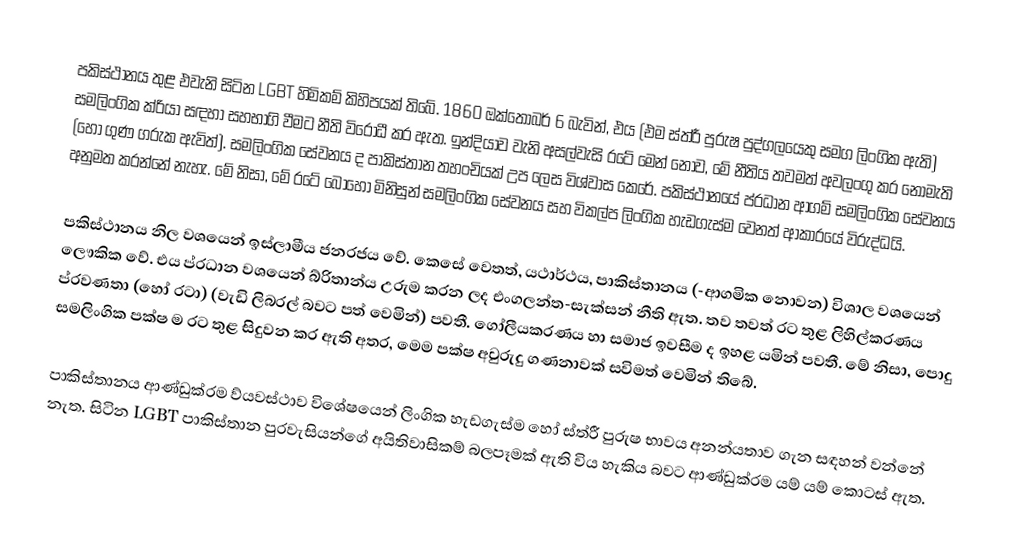
පකිස්ථානය තුළ එවැනි සිටින LGBT හිමිකම් කිහිපයක් තිබේ. 1860 ඔක්තෝබර් 6 බැවින්, එය (එම ස්ත්රී පුරුෂ පුද්ගලයෙකු සමග ලිංගික ඇති) සමලිංගික ක්රියා සඳහා සහභාගි වීමට නීති විරෝධී කර ඇත. ඉන්දියාව වැනි අසල්වැසි රටේ මෙන් නොව, මේ නීතිය තවමත් අවලංගු කර නොමැති (හෝ ගුණ ගරුක ඇවිත්). සමලිංගික සේවනය ද පාකිස්තාන තහංචියක් උප ලෙස විශ්වාස කෙරේ. පකිස්ථානයේ ප්රධාන ආගම් සමලිංගික සේවනය අනුමත කරන්නේ නැහැ. මේ නිසා, මේ රටේ බොහෝ මිනිසුන් සමලිංගික සේවනය සහ විකල්ප ලිංගික හැඩගැස්ම වෙනත් ආකාරයේ විරුද්ධයි.

පකිස්ථානය නිල වශයෙන් ඉස්ලාමීය ජනරජය වේ. කෙසේ වෙතත්, යථාර්ථය, පාකිස්තානය (-ආගමික නොවන) විශාල වශයෙන් ලෞකික වේ. එය ප්රධාන වශයෙන් බ්රිතාන්ය උරුම කරන ලද එංගලන්ත-සැක්සන් නීති ඇත. තව තවත් රට තුළ ලිහිල්කරණය ප්රවණතා (හෝ රටා) (වැඩි ලිබරල් බවට පත් වෙමින්) පවතී. ගෝලීයකරණය හා සමාජ ඉවසීම ද ඉහළ යමින් පවතී. මේ නිසා, පොදු සමලිංගික පක්ෂ ම රට තුළ සිදුවන කර ඇති අතර, මෙම පක්ෂ අවුරුදු ගණනාවක් සවිමත් වෙමින් තිබේ.

පාකිස්තානය ආණ්ඩුක්රම ව්යවස්ථාව විශේෂයෙන් ලිංගික හැඩගැස්ම හෝ ස්ත්රී පුරුෂ භාවය අනන්යතාව ගැන සඳහන් වන්නේ නැත. සිටින LGBT පාකිස්තාන පුරවැසියන්ගේ අයිතිවාසිකම් බලපෑමක් ඇති විය හැකිය බවට ආණ්ඩුක්රම යම් යම් කොටස් ඇත.